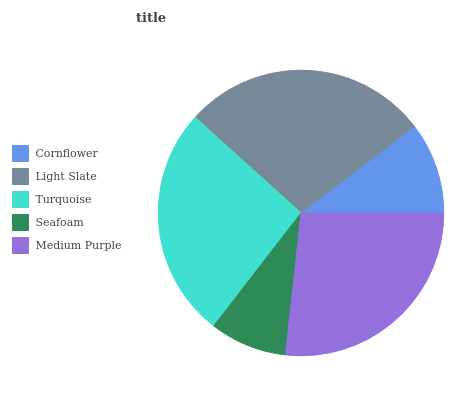
| Cornflower | Light Slate | Turquoise | Seafoam | Medium Purple |
 | --- | --- | --- | --- | --- |
 | 10.4% | 27.9% | 26.3% | 8.74% | 26.7% |